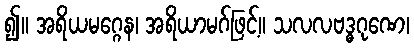
၍။ အရိယမဂ္ဂေန၊ အရိယာမဂ်ဖြင့်။ သလလဗဒ္ဓဂုဏေ၊